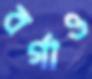
বর্গাও